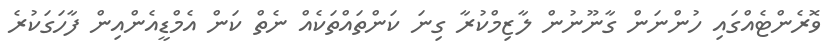
ވޮރެންޓެއްގައި ހުންނަން ގާނޫނުން ލާޒިމްކުރާ ގިނަ ކަންތައްތަކެއް ނެތް ކަން އެމްޑީއެންއިން ފާހަގަކުރެ